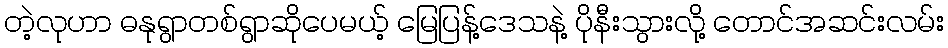
တဲ့လုဟာ ဓနုရွာတစ်ရွာဆိုပေမယ့် မြေပြန့်ဒေသနဲ့ ပိုနီးသွားလို့ တောင်အဆင်းလမ်း